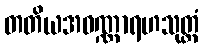
တတိယအဝဏ္ဏာရဟသုတ္တံ